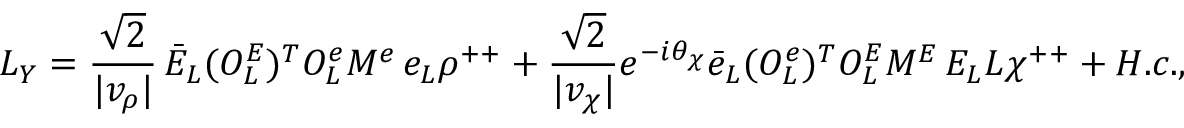
{ \cal L } _ { Y } = \frac { \sqrt { 2 } } { \vert v _ { \rho } \vert } \, \bar { E } _ { L } ( { \cal O } _ { L } ^ { E } ) ^ { T } { \cal O } _ { L } ^ { e } M ^ { e } \, e _ { L } \rho ^ { + + } + \frac { \sqrt { 2 } } { \vert v _ { \chi } \vert } e ^ { - i \theta _ { \chi } } \bar { e } _ { L } ( { \cal O } _ { L } ^ { e } ) ^ { T } { \cal O } _ { L } ^ { E } M ^ { E } \, E _ { L } L \chi ^ { + + } + H . c . ,